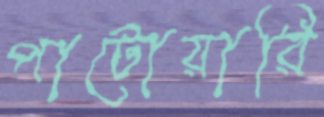
পাটোয়ারি